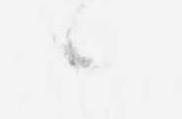
候